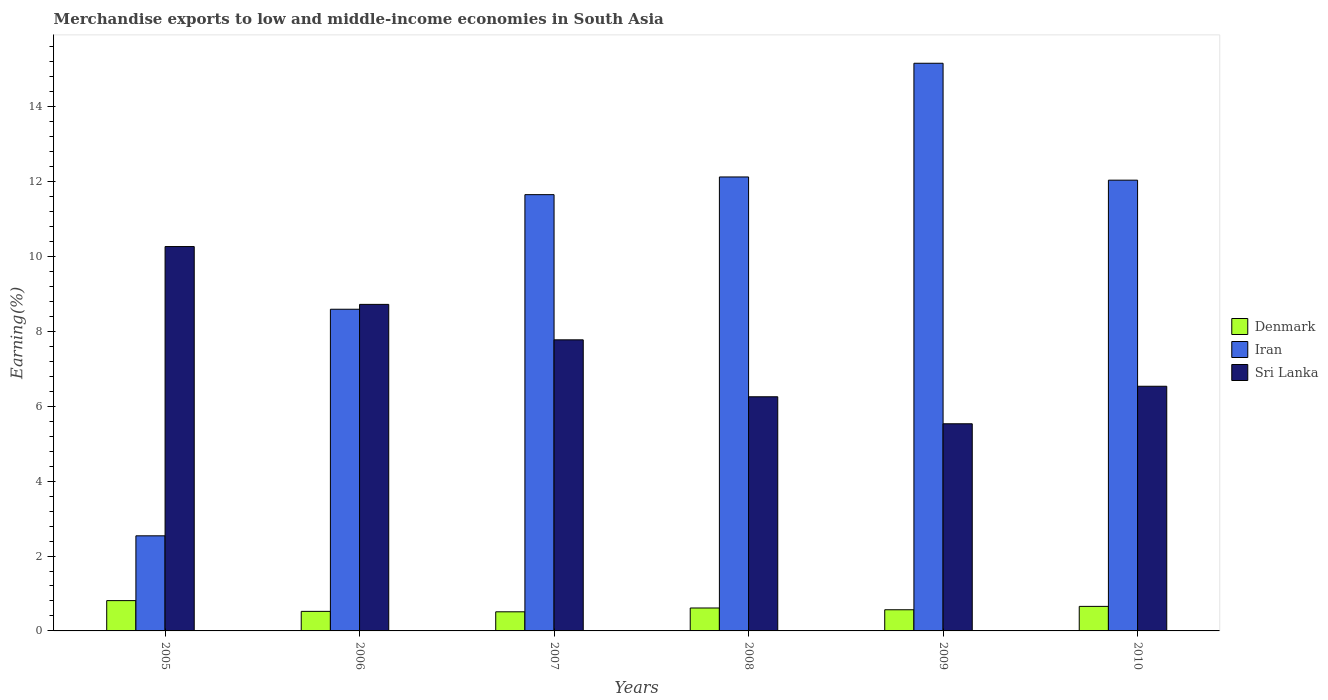
| Years | Denmark | Iran | Sri Lanka |
 | --- | --- | --- | --- |
 | 2005 | 0.809 | 2.54 | 10.3 |
 | 2006 | 0.522 | 8.59 | 8.72 |
 | 2007 | 0.511 | 11.7 | 7.78 |
 | 2008 | 0.613 | 12.1 | 6.25 |
 | 2009 | 0.565 | 15.2 | 5.53 |
 | 2010 | 0.656 | 12 | 6.54 |